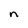
Character: n